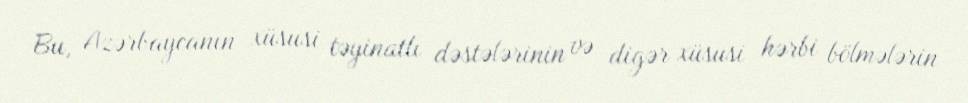
Bu, Azərbaycanın xüsusi təyinatlı dəstələrinin və digər xüsusi hərbi bölmələrin